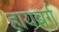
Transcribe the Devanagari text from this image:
हायबर्ग